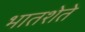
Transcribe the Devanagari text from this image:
भातशेते